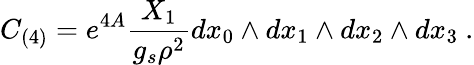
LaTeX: C_{(4)}=e^{4A}{\frac{X_{1}}{g_{s}\rho^{2}}}dx_{0}\wedge dx_{1}\wedge dx_{2}\wedge dx_{3}\ .